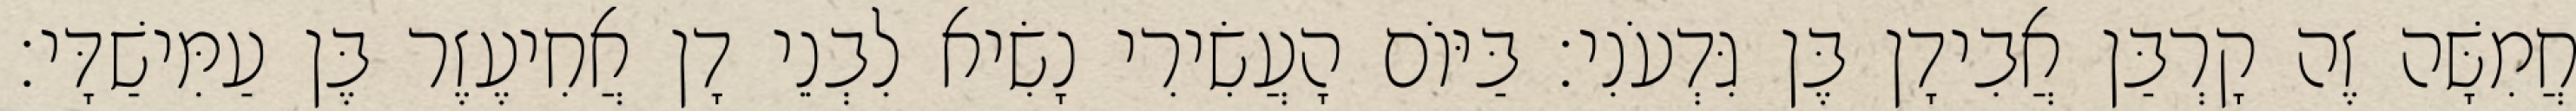
חֲמִשָּׁה זֶה קָרְבַּן אֲבִידָן בֶּן גִּדְעֹנִי׃ בַּיּוֹם הָעֲשִׂירִי נָשִׂיא לִבְנֵי דָן אֲחִיעֶזֶר בֶּן עַמִּישַׁדָּי׃